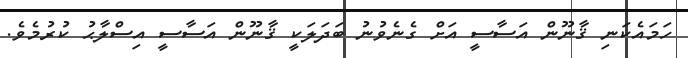
ހަމައެކަނި ޤާނޫން އަސާސީ އަށް ގެނެވުނު ބަދަލަކީ ޤާނޫން އަސާސީ އިސްލާޙު ކުރުމެވެ.